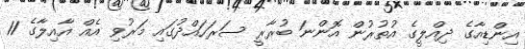
އިންޑިއާގެ ދިއްލީގެ އުތުރުން އޮންނަ ބުރާރީ ސަރަހައްދުގައި މަރުވި އެއް އާާއިލާގެ 11